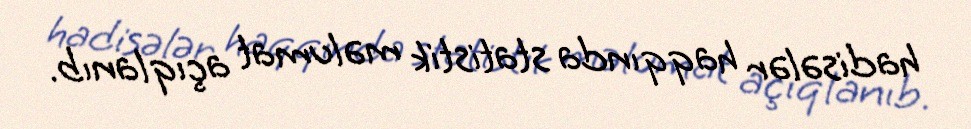
hadisələr haqqında statistik məlumat açıqlanıb.